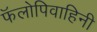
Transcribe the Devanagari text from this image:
फॅलोपिवाहिनी